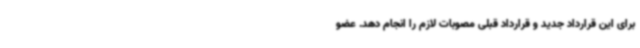
برای این قرارداد جدید و قرارداد قبلی مصوبات لازم را انجام دهد. عضو